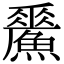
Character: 𩻢